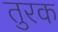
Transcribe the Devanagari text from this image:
तुरक